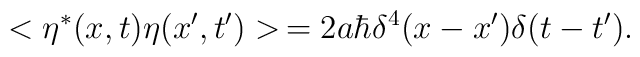
< \eta^{*} (x,t) \eta (x',t') > \, = 2a \hbar \delta^4 (x-x') \delta (t-t') .